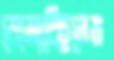
বোলাচ্ছিলেম